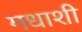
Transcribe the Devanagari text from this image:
मधाशी